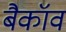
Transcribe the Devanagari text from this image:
बैकॉव